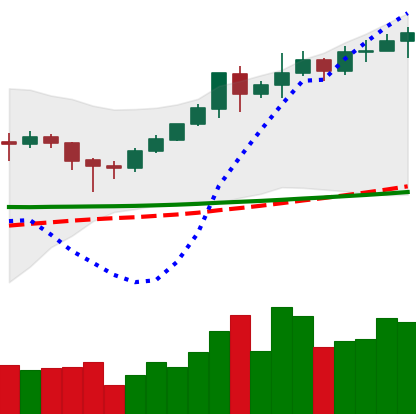
Ticker: XMR-USD
Chart end date: 2020-02-08
Forward return: 14.611%
Label: up_7plus